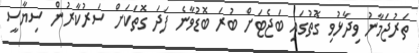
ތަރުޖަމާނު ވިދާޅުވި ގޮތުގައި ބަޖެޓަށް ބުރަ ބޮޑުވާނެ ފަދަ ގޮތަކަށް ސަރުކާރުން ސިޔާސީ